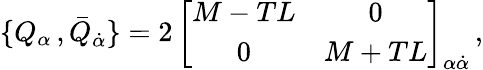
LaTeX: \{ Q_{\alpha}\, ,\bar{Q}_{\dot{\alpha}}\} =2\, \left[\begin{array}{cc}{{M-TL}}&{{0}}\\ {{0}}&{{M+TL}}\end{array}\right]_{\alpha\dot{\alpha}}\, ,